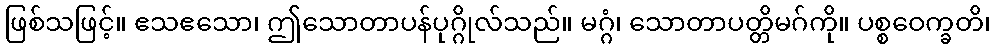
ဖြစ်သဖြင့်။ ဧသဧသော၊ ဤသောတာပန်ပုဂ္ဂိုလ်သည်။ မဂ္ဂံ၊ သောတာပတ္တိမဂ်ကို။ ပစ္စဝေက္ခတိ၊